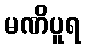
မဏိပူရ